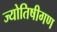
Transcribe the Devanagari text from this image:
ज्योतिषीगण